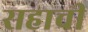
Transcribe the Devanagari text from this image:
सहाची